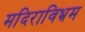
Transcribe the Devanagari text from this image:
मदिराविभ्रम